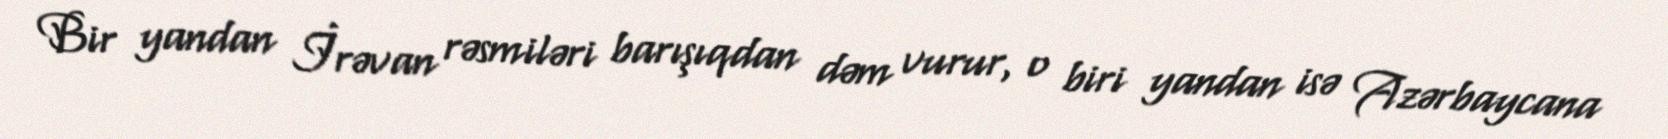
Bir yandan İrəvan rəsmiləri barışıqdan dəm vurur, o biri yandan isə Azərbaycana